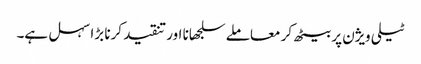
ٹیلی ویژن پر بیٹھ کر معاملے سلجھانا اور تنقید کرنا بڑا سہل ہے۔